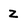
Character: Z